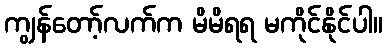
ကျွန်တော့်လက်က မိမိရရ မကိုင်နိုင်ပါ။